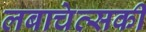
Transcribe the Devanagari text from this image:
लबाचेव्सकी